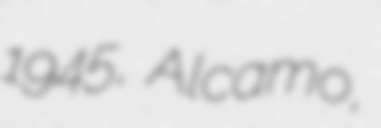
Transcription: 1945, Alcamo,